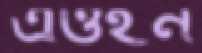
এওইন